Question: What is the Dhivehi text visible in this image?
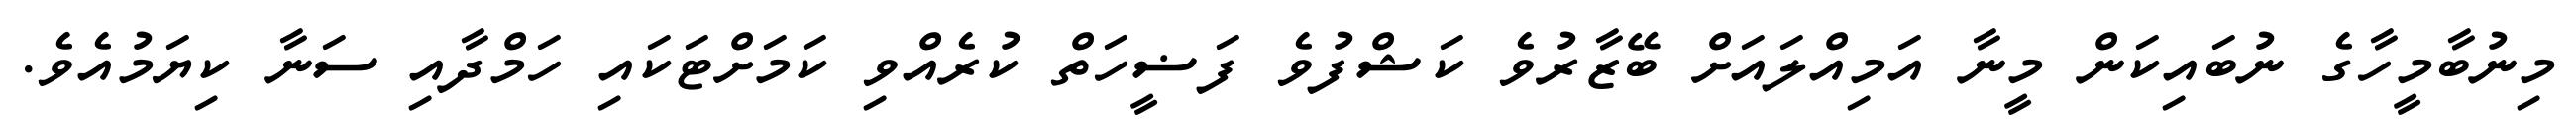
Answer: މިނުބާމީހާގެ ނުބައިކަން މީނާ އަމިއްލައަށް ބޭޒާރުވެ ކަޝްފުވެ ފަޟީހަތް ކުރެއްވި ކަމަށްޓަކައި ހަމްދާއި ސަނާ ކިޔަމުއެވެ.